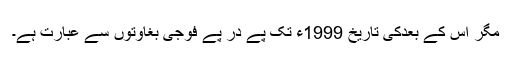
مگر اس کے بعدکی تاریخ 1999ء تک پے در پے فوجی بغاوتوں سے عبارت ہے۔